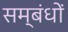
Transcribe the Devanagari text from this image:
सम्बंधोंं